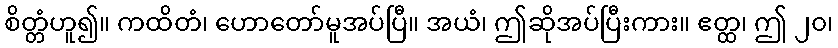
စိတ္တံဟူ၍။ ကထိတံ၊ ဟောတော်မူအပ်ပြီ။ အယံ၊ ဤဆိုအပ်ပြီးကား။ ဧတ္ထ၊ ဤ ၂၀၊